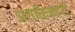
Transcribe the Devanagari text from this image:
अशक्तिकारी